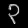
Digit: ၃